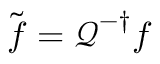
\tilde { \boldsymbol { f } } = \boldsymbol { \mathcal { Q } } ^ { - \dagger } \boldsymbol { f }